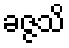
ခဇ္ဇသိ